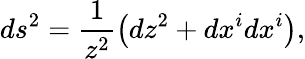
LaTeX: ds^{2}=\frac{1}{z^{2}}\left(dz^{2}+dx^{i}dx^{i}\right),